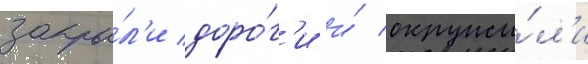
закры́л'и доро́г'и и́ окружи́л'и